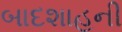
બાદશાહની